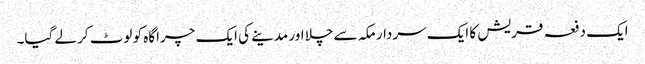
ایک دفعہ قریش کا ایک سردار مکہ سے چلا اور مدینے کی ایک چراگاہ کو لوٹ کر لے گیا۔